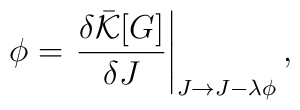
\phi=\left.\frac{\delta \bar{\cal K}[G]}{\delta J}\right|_{J\rightarrow J-\lambda\phi},